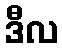
ဒီလ